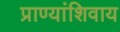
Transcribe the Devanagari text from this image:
प्राण्यांशिवाय